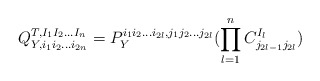
\begin{align*}Q_{Y,i_1 i_2 ... i_{2n}}^{T, I_1 I_2 ... I_n} = P_Y^{i_1 i_2 ...i_{2l}, j_1 j_2 ...j_{2l}} (\prod_{l=1}^n C_{j_{2l-1} j_{2l}}^{I_l})\end{align*}